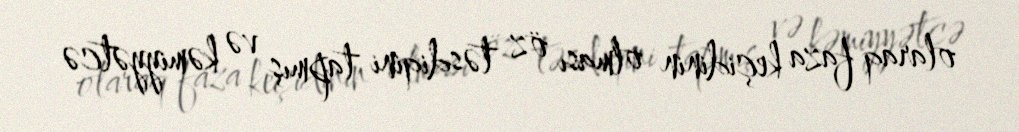
olaraq faza keçidinin olması öz təsdiqini tapmış və kəmiyyətcə